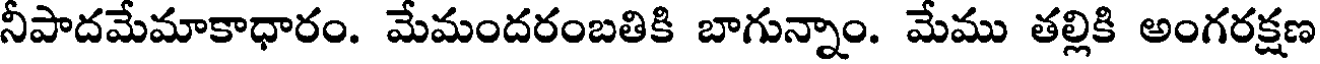
నీపాదమేమాకాధారం. మేమందరంబతికి బాగున్నాం. మేము తల్లికి అంగరక్షణ